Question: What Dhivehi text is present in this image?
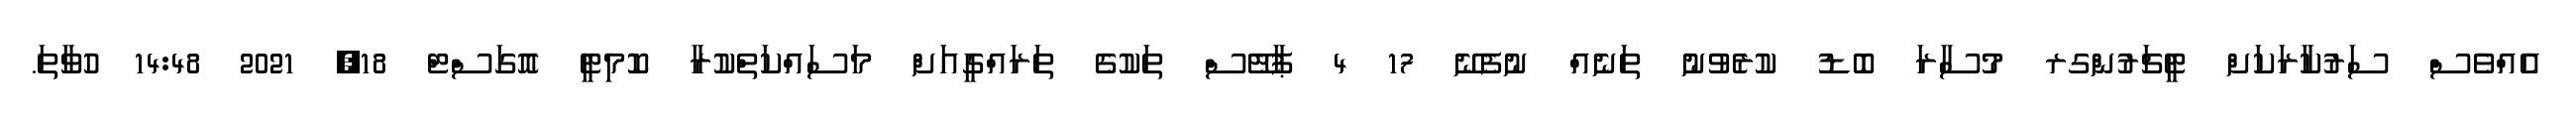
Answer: އެއްވެސް ސަރުކާރަކަށް ޓީޗަރުންގރ މުސާރަ ބޮޑު ކުރެވުނު ތަނެއް ނުފެނޭ 17 4 ޕާޓޭސް ތަކުގެ ތަރައްގީއަށް މަސައްކަތްކުރާ ކޮމިޓީ އޮގަސްޓް 18, 2021 14:48 ހުވާތަ.